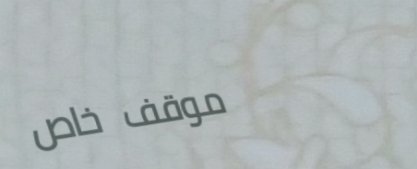
موقف خاص